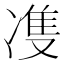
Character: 𭂙